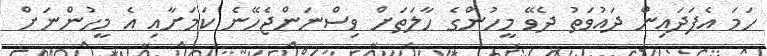
ހަމަ އެފަދައިން ދައުވަތު ދެވޭ މީހުންގެ ހާލަތަށް ވިސްނަންޖެހޭނެ ކަމަށާއި އެ މީހުންނަށް